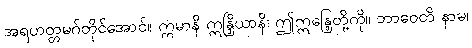
အရဟတ္တမဂ်တိုင်အောင်။ ဣမာနိ ဣန္ဒြိယာနိ၊ ဤဣန္ဒြေတို့ကို။ ဘာဝေတိ နာမ၊